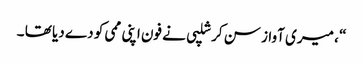
“ ، میری آواز سن کر شلپی نے فون اپنی ممی کو دے دیا تھا ۔